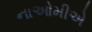
નાઓમીએ